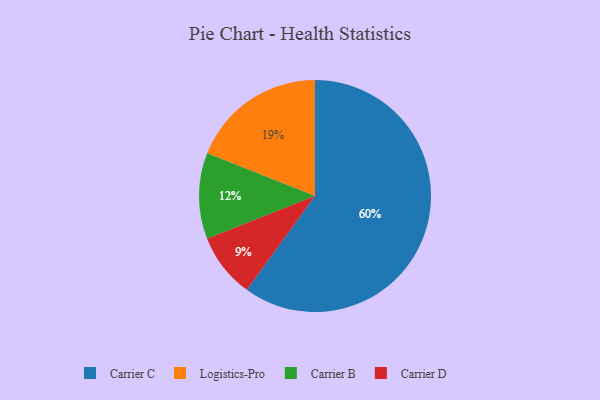
{"axis": {"x": "Category", "y": "Percentage"}, "legend": ["Carrier B", "Carrier C", "Carrier D", "Logistics-Pro"], "data": [{"x": "Carrier C", "y": 60, "type": "Carrier C"}, {"x": "Carrier B", "y": 12, "type": "Carrier B"}, {"x": "Carrier D", "y": 9, "type": "Carrier D"}, {"x": "Logistics-Pro", "y": 19, "type": "Logistics-Pro"}]}